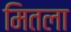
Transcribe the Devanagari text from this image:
मितला